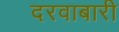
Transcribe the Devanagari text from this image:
दरवाबारी